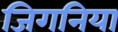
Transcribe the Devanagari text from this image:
जिगनिया